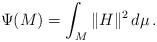
LaTeX: \begin{align*}\Psi(M)= \int_{M} \| H \|^2 \, d\mu \, . \end{align*}